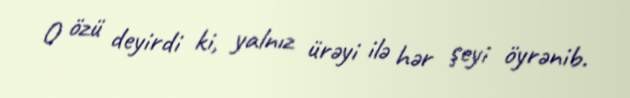
O özü deyirdi ki, yalnız ürəyi ilə hər şeyi öyrənib.